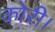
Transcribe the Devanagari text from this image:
कोरी।